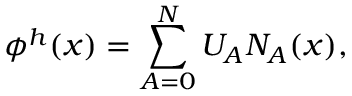
\phi ^ { h } ( x ) = \sum _ { A = 0 } ^ { N } U _ { A } N _ { A } ( x ) ,